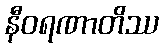
နီဝရဏာတိဿ